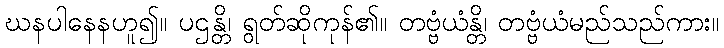
ဃနပါနေနဟူ၍။ ပဌန္တိ၊ ရွတ်ဆိုကုန်၏။ တဗ္ဗံယံန္တိ၊ တဗ္ဗံယံမည်သည်ကား။